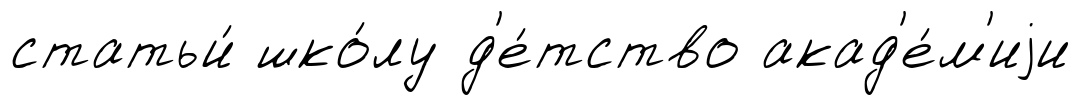
статьи́ шко́лу д'е́тство акад'е́м'иjи